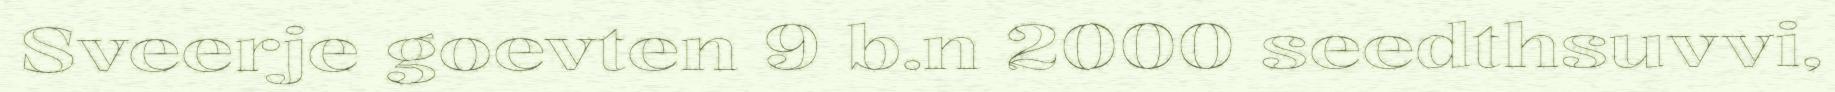
Sveerje goevten 9 b.n 2000 seedthsuvvi,